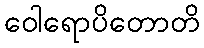
ဝေါရောပိတောတိ